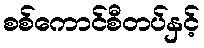
စစ်ကောင်စီတပ်နှင့်